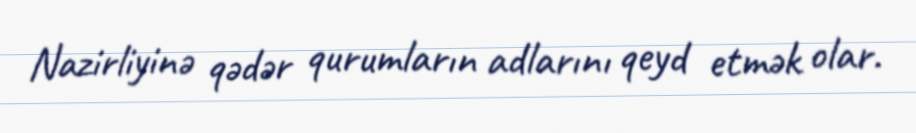
Nazirliyinə qədər qurumların adlarını qeyd etmək olar.